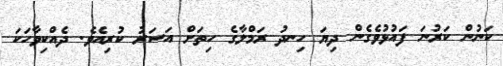
ކަނުން ކަރުނަ ފައުޅުވެގެން ދިޔަ ހިނދު ރަމްލާގެ ހިތަށް އަސަރު ކުރިއެވެ. ދެއްކިވާހަކަ